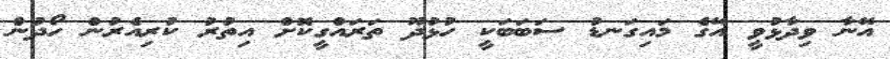
އޭނާ ވިދާޅުވީ އޭގެ މައިގަނޑު ސަބަބަކީ ހުޅުދޫ ތަރައްގީކޮށް އިތުރު ކުރިއެރުން ހޯދުން